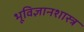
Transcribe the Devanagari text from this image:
भूविज्ञानशास्त्र